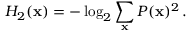
H _ { 2 } ( \mathbf { x } ) = - \log _ { 2 } \sum _ { \mathbf { x } } P ( \mathbf { x } ) ^ { 2 } \, .